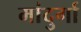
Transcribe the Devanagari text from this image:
मांदुर्गा